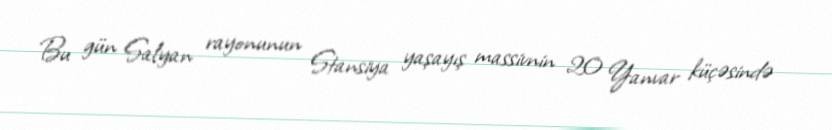
Bu gün Salyan rayonunun Stansiya yaşayış massivnin 20 Yanvar küçəsində